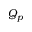
Q _ { p }